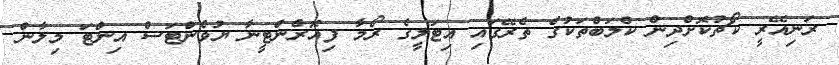
ރަނިއޭރީ ކޯޗުކޮށްދިން ކްލަބްތަކުގެ ތެރޭގައި އިޓަލީގެ ރޯމާ ފިއޮރެންޓީނާ ޔުވެންޓަސް އިންޓަ މިލާން